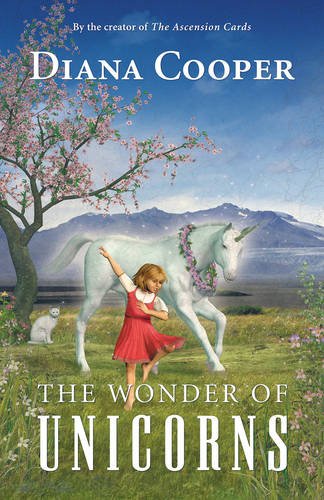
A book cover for The Wonder of Unicorns; Diana Cooper; Literature & Fiction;